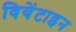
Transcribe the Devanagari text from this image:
वियेंटाइन